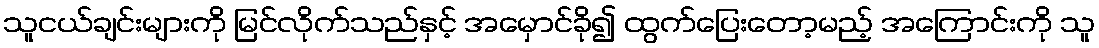
သူငယ်ချင်းများကို မြင်လိုက်သည်နှင့် အမှောင်ခို၍ ထွက်ပြေးတော့မည့် အကြောင်းကို သူ